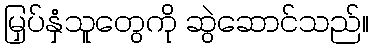
မြှပ်နှံသူတွေကို ဆွဲဆောင်သည်။